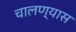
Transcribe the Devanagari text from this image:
चालण्यास